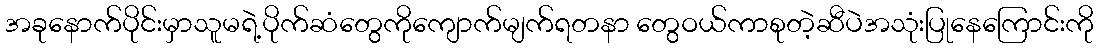
အခုနောက်ပိုင်းမှာသူမရဲ့ပိုက်ဆံတွေကိုကျောက်မျက်ရတနာ တွေဝယ်ကာစုတဲ့ဆီပဲအသုံးပြုနေကြောင်းကို